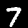
Label: 7